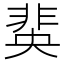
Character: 𮧆